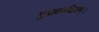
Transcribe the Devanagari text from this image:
गुह्यकरक्षितम्।